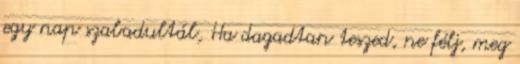
egy nap szabadultál, Ha dagadtan teszed, ne félj, meg